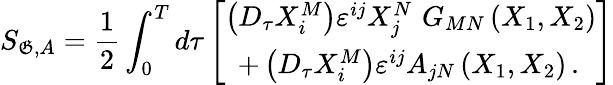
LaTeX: S_{\mathfrak{G},A}=\frac{1}{2}\int_{0}^{T}d\tau\left[\begin{array}{c}{{\left(D_{\tau}X_{i}^{M}\right)\varepsilon^{ij}X_{j}^{N}\, \, G_{MN}\left(X_{1},X_{2}\right)}}\\ {{+\left(D_{\tau}X_{i}^{M}\right)\varepsilon^{ij}A_{jN}\left(X_{1},X_{2}\right)\, .\, }}\end{array}\right]